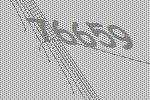
76659